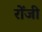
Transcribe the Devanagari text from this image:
रोंजी